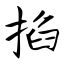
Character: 掐